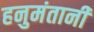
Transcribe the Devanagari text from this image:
हनुमंतानी